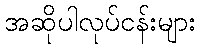
အဆိုပါလုပ်ငန်းများ